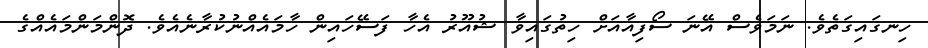
ހިނގައިގަތެވެ. ނަމަވެސް އޭނަ ސޯފިއާއަށް ހިތުގައިވާ ޝުއޫރު އެހާ ފަސޭހައިން ހާމައެއްނުކުރާނެއެވެ. ދޮންމަންމައެއްގެ